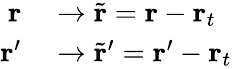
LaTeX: \begin{array}{rl}{\mathbf{r}}&{{}\rightarrow\tilde{\mathbf{r}}=\mathbf{r}-\mathbf{r}_{t}}\\ {\mathbf{r}^{\prime}}&{{}\rightarrow\tilde{\mathbf{r}}^{\prime}=\mathbf{r}^{\prime}-\mathbf{r}_{t}}\end{array}